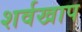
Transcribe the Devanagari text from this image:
शर्वखाप